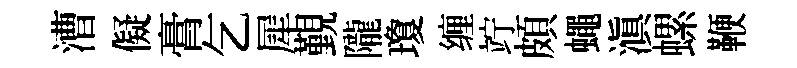
漕儗膏乞犀覲隴瓊缠竚頗蠅滇螺鞭